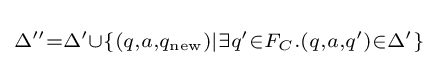
\scriptstyle \Delta ''=\Delta '\cup \{(q,a,q_{\text{new}})|\exists q'\in F_{C}.(q,a,q')\in \Delta '\}